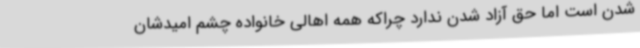
شدن است اما حق آزاد شدن ندارد چراکه همه اهالی خانواده چشم امیدشان